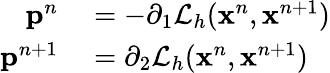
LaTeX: \begin{array}{rl}{\mathbf{p}^{n}}&{{}=-\partial_{1}\mathcal{L}_{h}(\mathbf{x}^{n},\mathbf{x}^{n+1})}\\ {\mathbf{p}^{n+1}}&{{}=\partial_{2}\mathcal{L}_{h}(\mathbf{x}^{n},\mathbf{x}^{n+1})}\end{array}